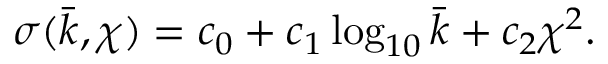
\sigma ( \bar { k } , \chi ) = c _ { 0 } + c _ { 1 } \log _ { 1 0 } \bar { k } + c _ { 2 } \chi ^ { 2 } .